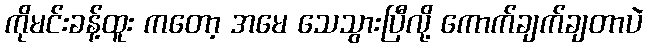
ကိုမင်းခန့်ထူး ကတော့ အမေ သေသွားပြီလို့ ကောက်ချက်ချတာပဲ